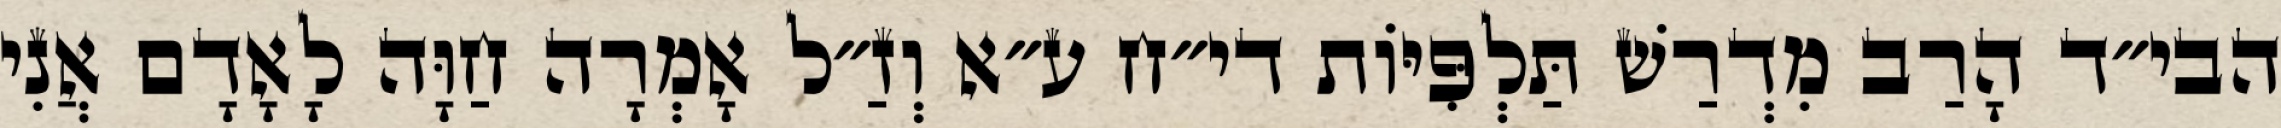
הבי״ד הָרַב מִדְרַשׁ תַּלְפִּיּוֹת די״ח ע״א וְזַ״ל אָמְרָה חַוָּה לָאָדָם אֲנִי